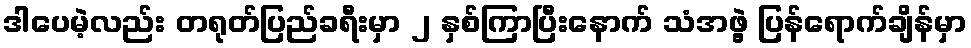
ဒါပေမဲ့လည်း တရုတ်ပြည်ခရီးမှာ ၂ နှစ်ကြာပြီးနောက် သံအဖွဲ့ ပြန်ရောက်ချိန်မှာ